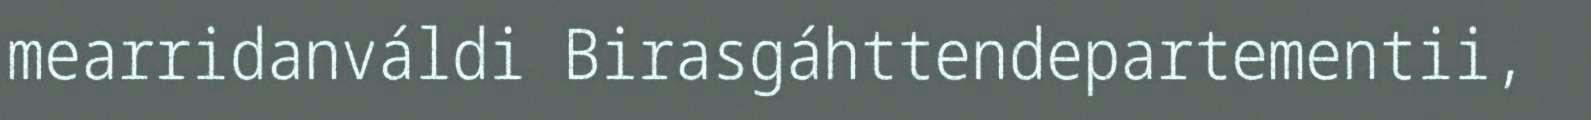
mearridanváldi Birasgáhttendepartementii,